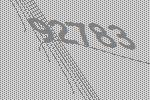
92783